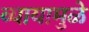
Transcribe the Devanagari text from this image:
व्यायामुळे